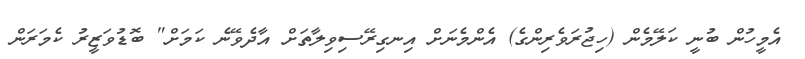
އެމީހުން ބުނީ ކަލޭމެން (ހިޖުރަވެރިންގެ) އެންމެނަށް އިނގިރޭސިވިލާތަށް އާދެވޭނެ ކަމަށް" ބޮޑުވަޒީރު ކެމަރަން